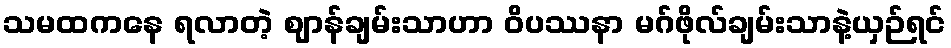
သမထကနေ ရလာတဲ့ ဈာန်ချမ်းသာဟာ ဝိပဿနာ မဂ်ဖိုလ်ချမ်းသာနဲ့ယှဉ်ရင်